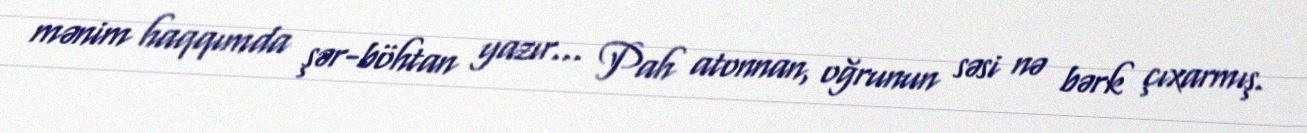
mənim haqqımda şər-böhtan yazır... Pah atonnan, oğrunun səsi nə bərk çıxarmış.